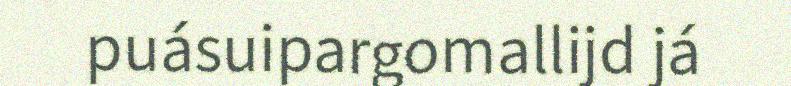
puásuipargomallijd já